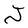
Character: J